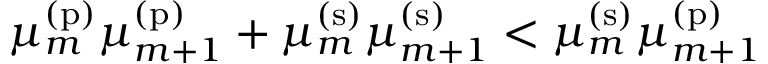
\mu _ { m } ^ { \mathrm { ( p ) } } \mu _ { m + 1 } ^ { \mathrm { ( p ) } } + \mu _ { m } ^ { \mathrm { ( s ) } } \mu _ { m + 1 } ^ { \mathrm { ( s ) } } < \mu _ { m } ^ { \mathrm { ( s ) } } \mu _ { m + 1 } ^ { \mathrm { ( p ) } }